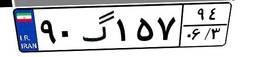
۵۹گ۵۱۱۵۲